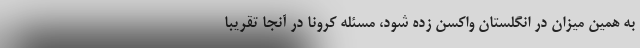
به همین میزان در انگلستان واکسن زده شود، مسئله کرونا در آنجا تقریبا